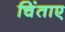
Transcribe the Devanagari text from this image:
चिंताए